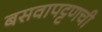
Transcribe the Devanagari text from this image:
बसवापट्टणची